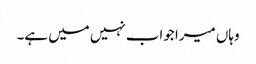
وہاں میرا جواب نہیں میں ہے۔